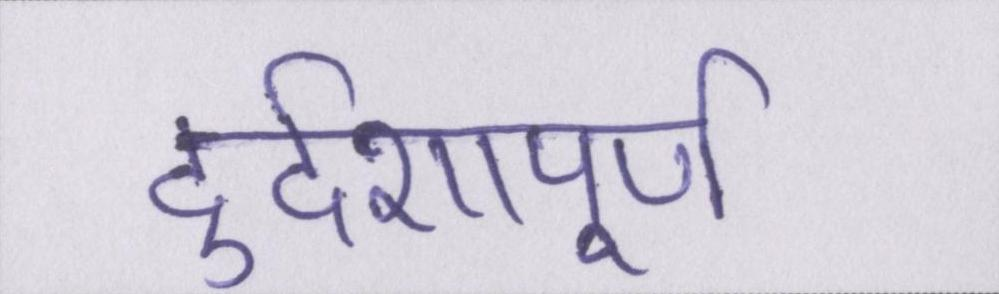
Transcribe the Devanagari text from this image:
दुर्दशापूर्ण